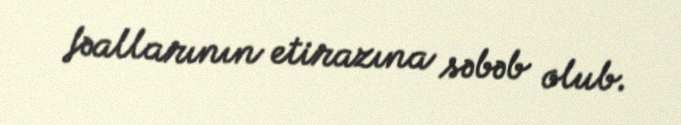
fəallarının etirazına səbəb olub.